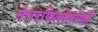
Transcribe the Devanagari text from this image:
नेचरफिलोसोफी